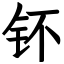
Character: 钚